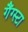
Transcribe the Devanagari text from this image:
गैंग्स्टा